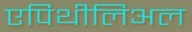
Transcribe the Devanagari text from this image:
एपिथीलिअल